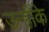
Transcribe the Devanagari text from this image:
उन्हींके